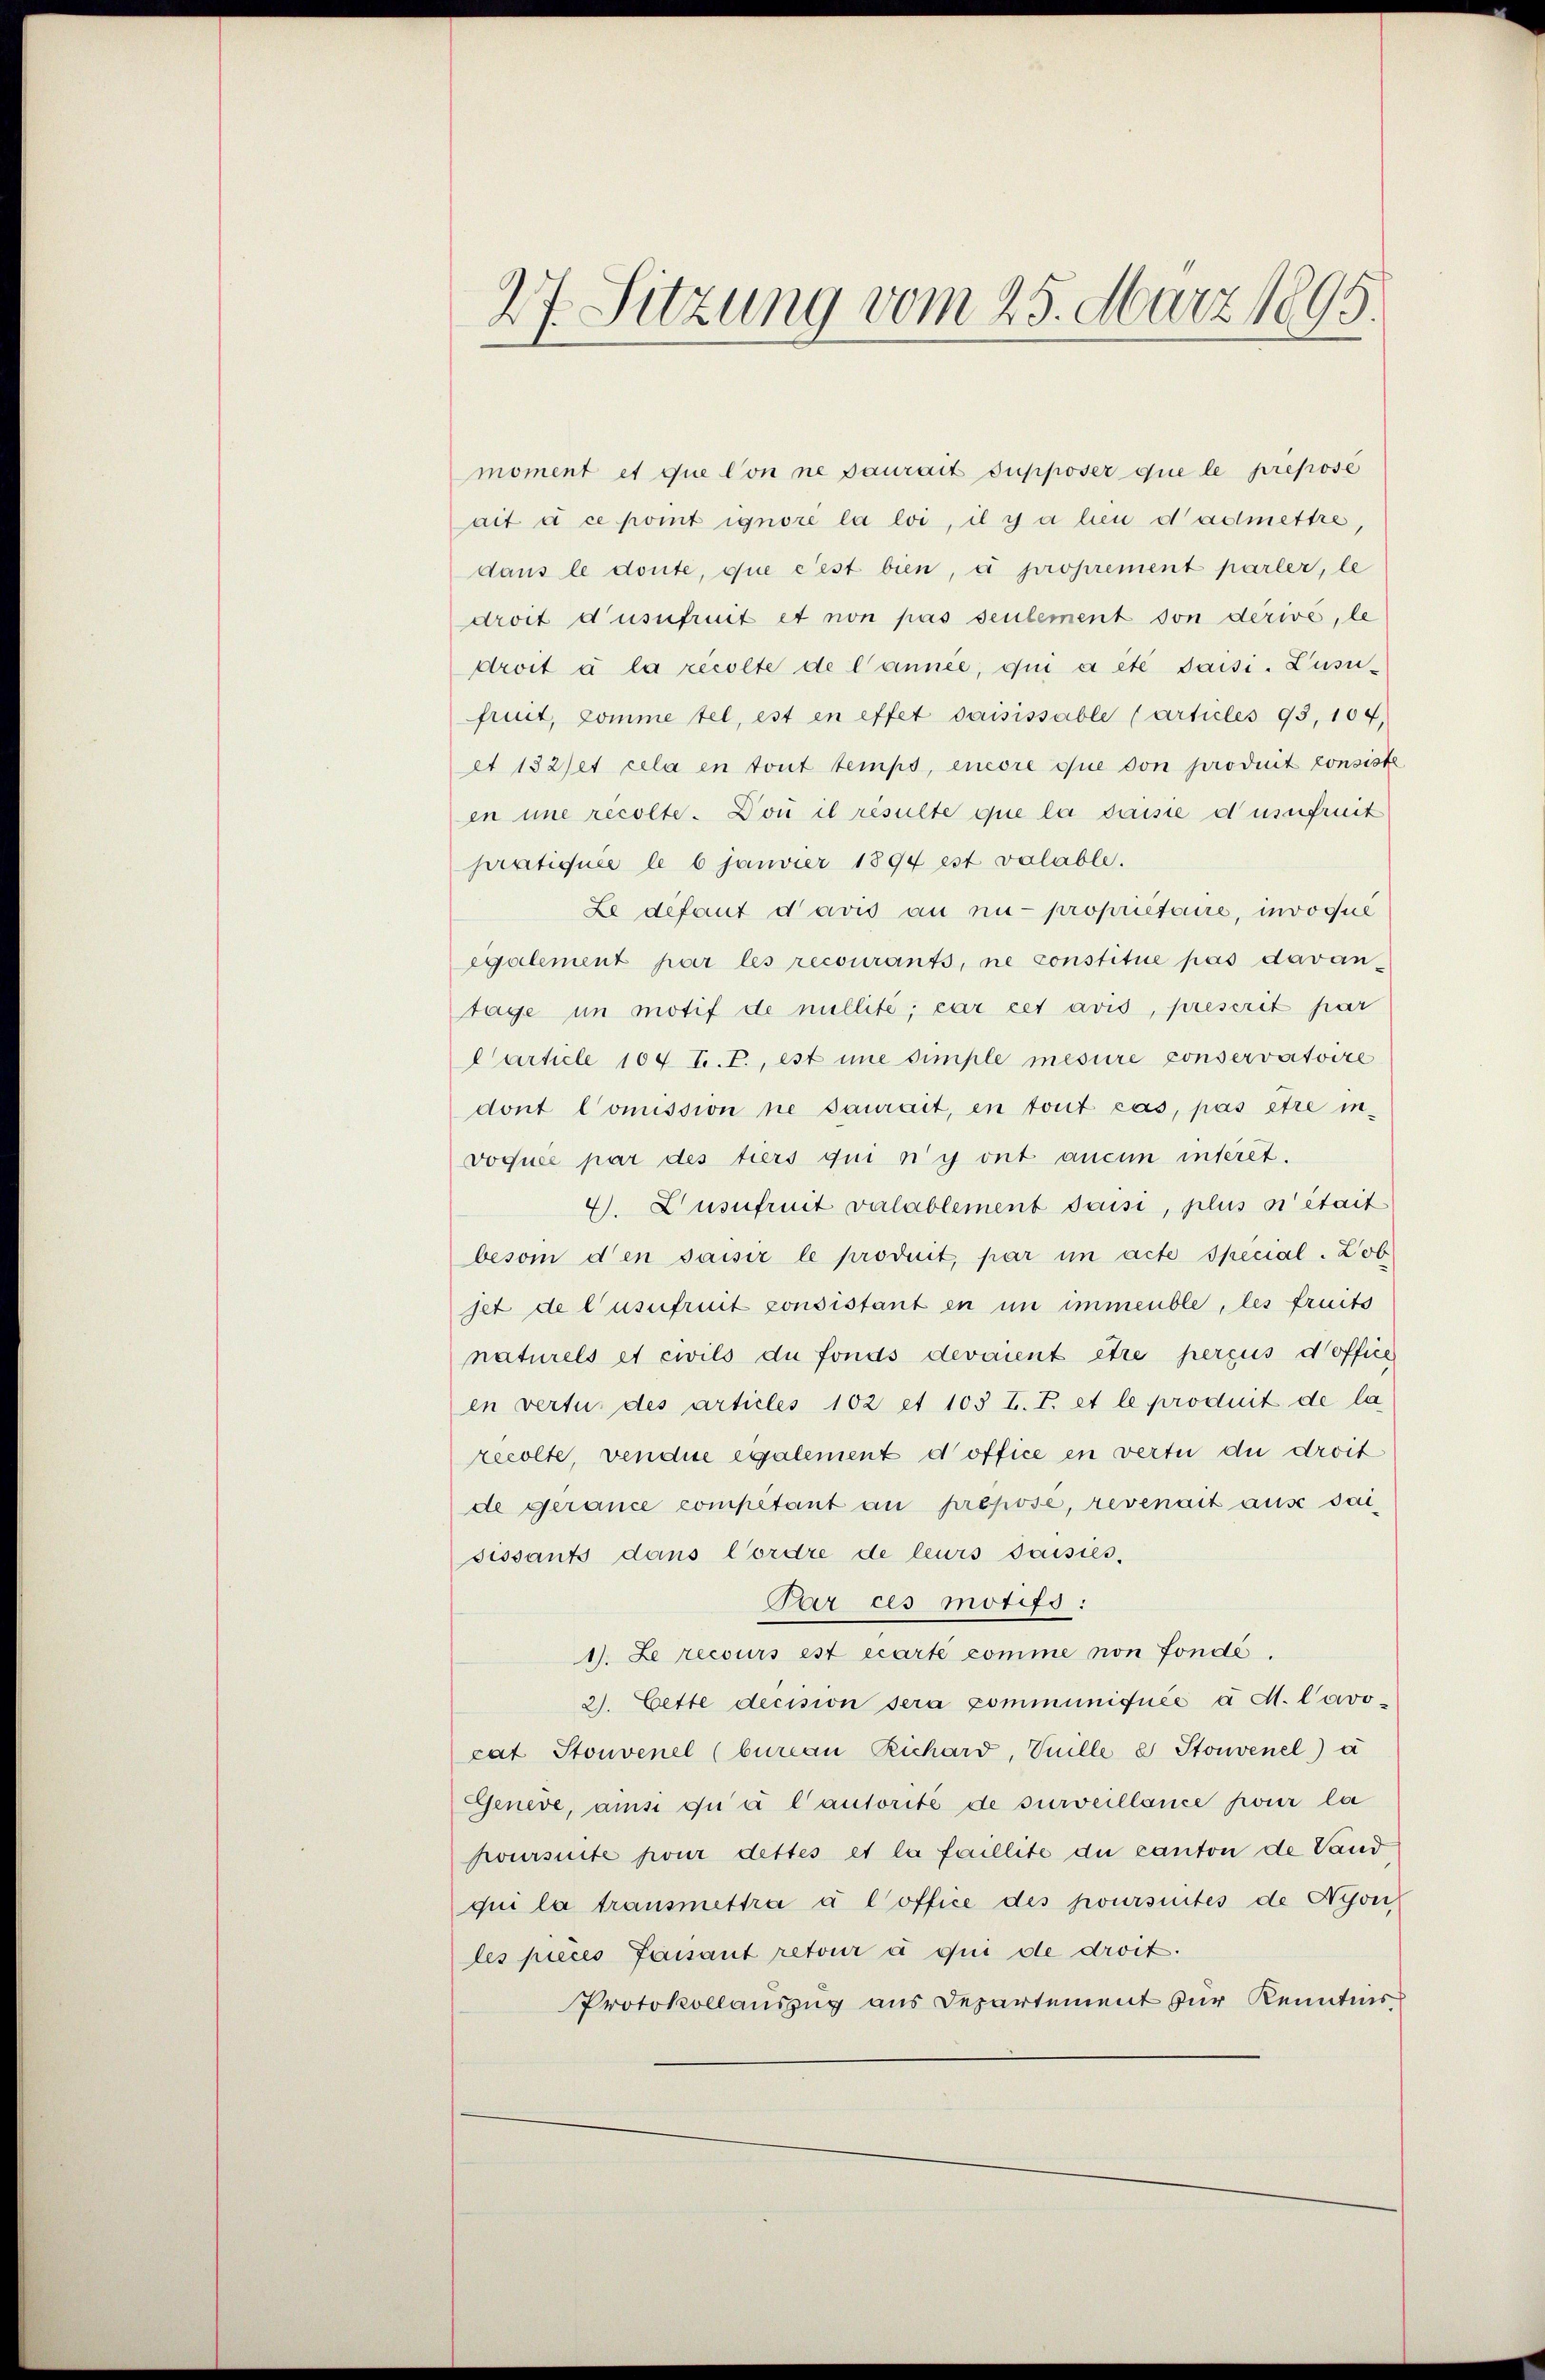
27. Sitzung vom 25. März 1895.

moment et que Con ne paurait supposer que le preposé
ait à ce pomt ignore la loi, il y a heu d’admettre,
dans le donte, que c’est bien, d proprement parler, le
droit d’usufruit et non pas seulement von derivé, le
droit à la récolte de Cannee, qui a été saisi-Lusufruit, komme tel, est en effet daisissable (articles 93, 104,
et 132 et cela en tout temps, encore que von produit consiste
in une recolte. Don il résulte que la dasse d’usufruit
pratiquie le 6 janvier 1894 est valable.
Le défaut davis an ni propriétaire, invoqué
egalement par les recourants, ne constitue pas davan-
tage in motif de millité; car cet avis, prescrit par
Carticle 104 T. T., est imme simple mesure conservatoire
dont Comission ne saurait, en tout cas, pas être in-
voquée par des tiers qui n’y ont aucun interet.
4. L’usufruit valablement saisi, plus ni était
beson den saisir le produit, par im acte Special. Lob
jet de l’usufruit consistant en in immeuble, les freits
naturels et civils du fonds devaient être perçus d’office
en vertu des articles 102 et 105 T. T. et le produit de la
recolte, vendue egalement d’office in vertu die droit
de gerance competant an prépose, revenait aus sai-
sissants dans Cordre de leurs saisies-
Par ces motifs :
1). Le recours est écarte comme non fondé,
2. Cette decision sera communiquée a M. Cavocat Stonvenel (bureau Richard, Vuille a Stonvenel) a
Geneve, ans qu’ à l’autorité de surveillance pour la
hoursuite pour dettes et la faillite du canton de Land
qui la transmettra à l’office des poursuites de Nyon
les pièces faisant retour à qui de droit.
Protokollauszug aus Departement zur Kenntnis¬